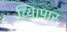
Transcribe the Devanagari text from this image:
व्यािपार